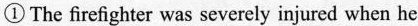
① The firefighter was severely injured when he